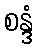
စန္ဒံ